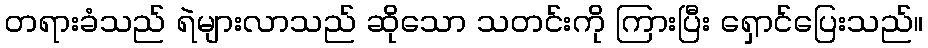
တရားခံသည် ရဲများလာသည် ဆိုသော သတင်းကို ကြားပြီး ရှောင်ပြေးသည်။